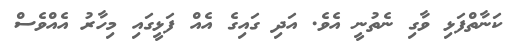
ކަނާތްފަޅި ވާގި ނެތުނީ އެވެ. އަދި ގައިގެ އެއް ފަޅީގައި މިހާރު އެއްވެސް